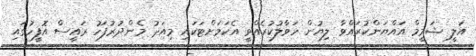
އަލީ ޝަމީމް އައްޔަންކުރައްވާ ލިޔުން ހަވާލުކުރެއްވީ އެކަމަށްޓަކައި މިއަދު މެންދުރުފަހު ރައީސް އޮފީހުގައި